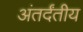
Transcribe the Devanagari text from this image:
अंतर्दंतीय